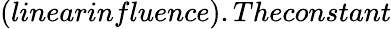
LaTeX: (linearinfluence).Theconstant